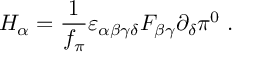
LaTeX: H _ { \alpha } = { \frac { 1 } { f _ { \pi } } } \varepsilon _ { \alpha \beta \gamma \delta } F _ { \beta \gamma } \partial _ { \delta } \pi ^ { 0 } \; .